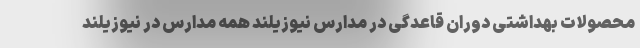
محصولات بهداشتی دوران قاعدگی در مدارس نیوزیلند همه مدارس در نیوزیلند